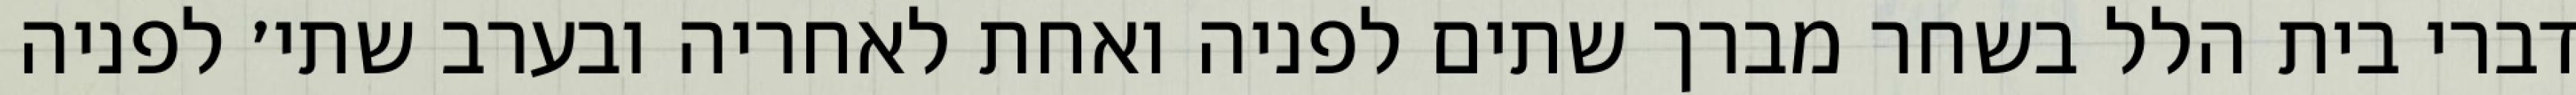
דברי בית הלל בשחר מברך שתים לפניה ואחת לאחריה ובערב שתי׳ לפניה